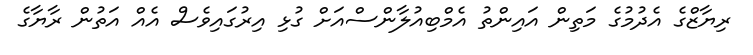
ރިޔާޒްގެ އެދުމުގެ މަތިން އައިންތު އެމްބިއުލާންސްއަށް ގުޅި އިރުގައިވެސް އެއް އަތުން ރާޔާގެ